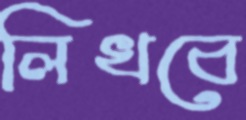
লিখবে